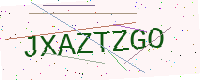
Text: JXAZTZGO